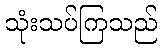
သုံးသပ်ကြသည်